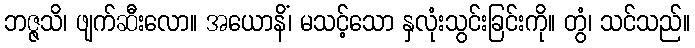
ဘဇ္ဇသိ၊ ဖျက်ဆီးလော။ အယောနိံ၊ မသင့်သော နှလုံးသွင်းခြင်းကို။ တွံ၊ သင်သည်။